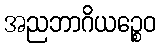
အညဘာဂိယဉ္စေဝ